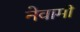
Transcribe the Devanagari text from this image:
नेवामी